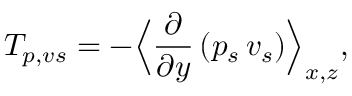
T _ { p , v s } = - \Bigl \langle \frac { \partial } { \partial y } \left( p _ { s } \, v _ { s } \right) \Bigr \rangle _ { x , z } ,